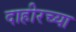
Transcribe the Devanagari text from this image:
दाहीरच्या